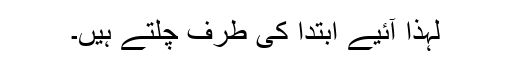
لہذا آئیے ابتدا کی طرف چلتے ہیں۔